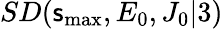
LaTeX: SD(\mathsf{s}_{\mathrm{{max}}},E_{0},J_{0}\vert3)